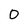
Character: 0